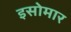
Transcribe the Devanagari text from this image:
इसोमार